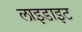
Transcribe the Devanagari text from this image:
लाइडाइट